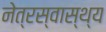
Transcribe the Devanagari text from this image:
नेत्रस्वास्थ्य